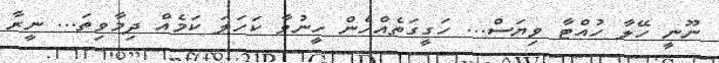
ނޫނީ ހޭލާ ހުއްޓާ ވިޔަސް... ހަގީގަތެއްހެން ހީނުވާ ކަހަލަ ކަމެއް ދިމާވިތަ... ނީރާ